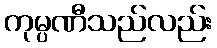
ကုမ္ပဏီသည်လည်း